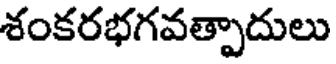
శంకరభగవత్పాదులు